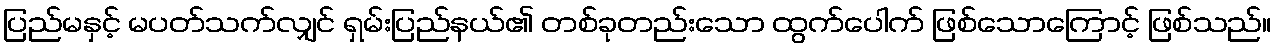
ပြည်မနှင့် မပတ်သက်လျှင် ရှမ်းပြည်နယ်၏ တစ်ခုတည်းသော ထွက်ပေါက် ဖြစ်သောကြောင့် ဖြစ်သည်။